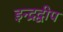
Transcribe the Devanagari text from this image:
इन्द्रद्वीप